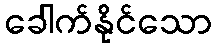
ခေါက်နိုင်သော